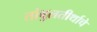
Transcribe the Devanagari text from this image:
तांबुलतीर्थाचे